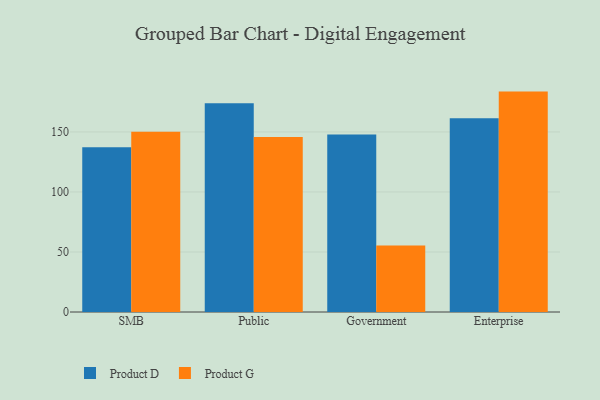
{"axis": {"x": "Segment", "y": "Humidity (%)"}, "legend": ["Product D", "Product G"], "data": [{"x": "SMB", "y": 137.3, "type": "Product D"}, {"x": "SMB", "y": 150.2, "type": "Product G"}, {"x": "Public", "y": 173.9, "type": "Product D"}, {"x": "Public", "y": 145.8, "type": "Product G"}, {"x": "Government", "y": 147.8, "type": "Product D"}, {"x": "Government", "y": 55.5, "type": "Product G"}, {"x": "Enterprise", "y": 161.5, "type": "Product D"}, {"x": "Enterprise", "y": 183.6, "type": "Product G"}]}